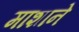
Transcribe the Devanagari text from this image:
माशाने